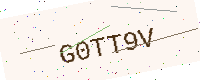
Text: G0TT9V